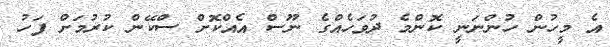
އެ މީހުން ހުންނަނީ ކޮންމެ ދުވަހެއްގެ ނޫސް އެއްކޮށް ސްކޭން ކުރުމަށް ފަހު